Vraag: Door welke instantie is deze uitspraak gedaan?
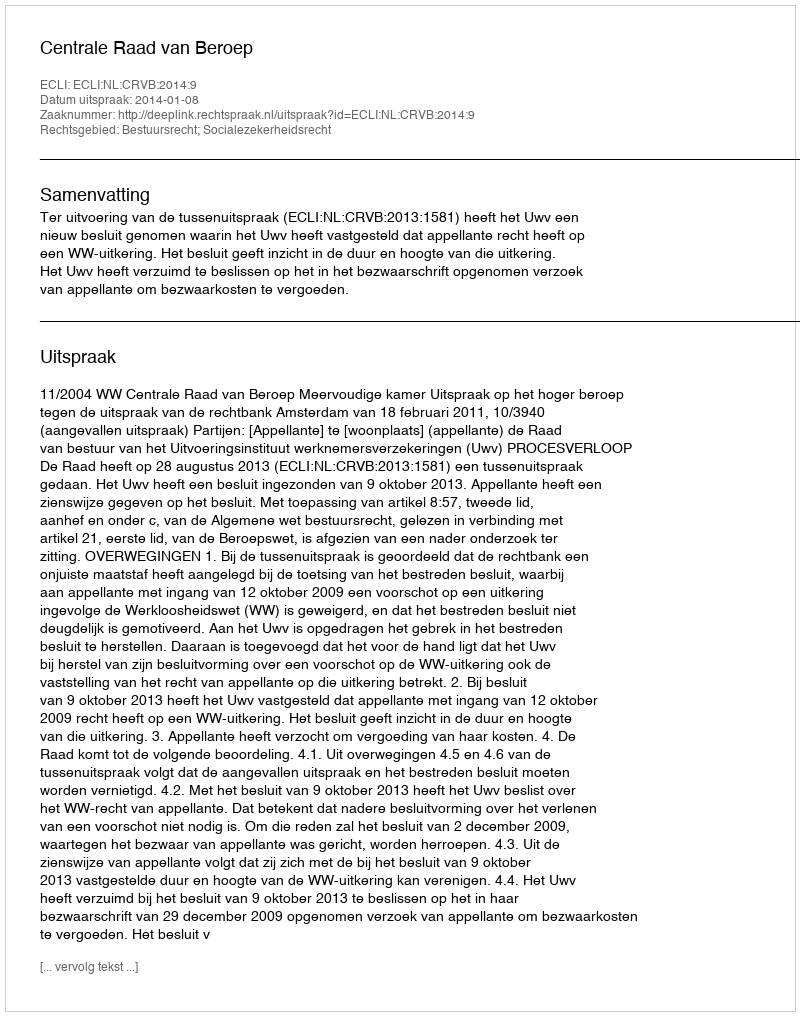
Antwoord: Centrale Raad van Beroep